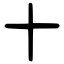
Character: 十